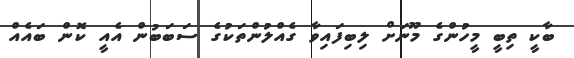
ބާކީ ތިބީ މީހުންގެ މޫނަށް ލިބިފައިވާ ގެއްލުންތަކުގެ ސަބަބުން އެއީ ކޮން ބައެއް